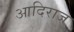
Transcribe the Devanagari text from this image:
आदिराज